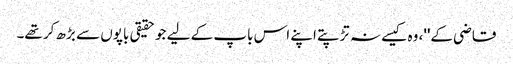
قاضی کے''، وہ کیسے نہ تڑپتے اپنے اس باپ کے لیے جو حقیقی باپوں سے بڑھ کر تھے۔